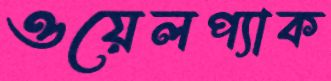
ওয়েলপ্যাক